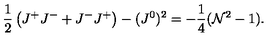
\frac 1 2 \left( J ^ { + } J ^ { - } + J ^ { - } J ^ { + } \right) - ( J ^ { 0 } ) ^ { 2 } = - \frac 1 4 ( { \cal N } ^ { 2 } - 1 ) .